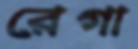
রেগা